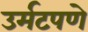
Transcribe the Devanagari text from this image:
उर्मटपणे